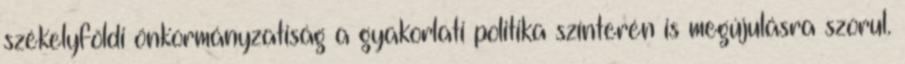
székelyföldi önkormányzatiság a gyakorlati politika színterén is megújulásra szorul.